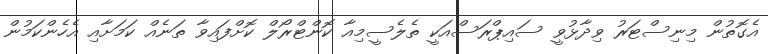
އެގޮތުން މިނިސްޓަރު ވިދާޅުވީ ސައިޕްރަސްއަކީ ތެލެސީމިއާ ކޮންޓްރޯލް ކޮށްފައިވާ ތަނެއް ކަމަށާއި އެހެންކަމުން